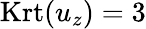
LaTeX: \mathrm{Krt}(u_{z})=3